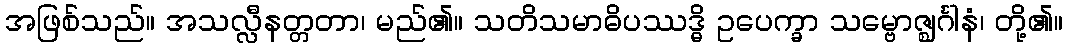
အဖြစ်သည်။ အသလ္လီနတ္တတာ၊ မည်၏။ သတိသမာဓိပဿဒ္ဓိ ဥပေက္ခာ သမ္ဗောဇ္ဈင်္ဂါနံ၊ တို့၏။